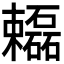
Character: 𬅓